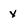
Character: x